Leaving Certificate Examination (including Day School Certificate (Higher) General paper), 1939
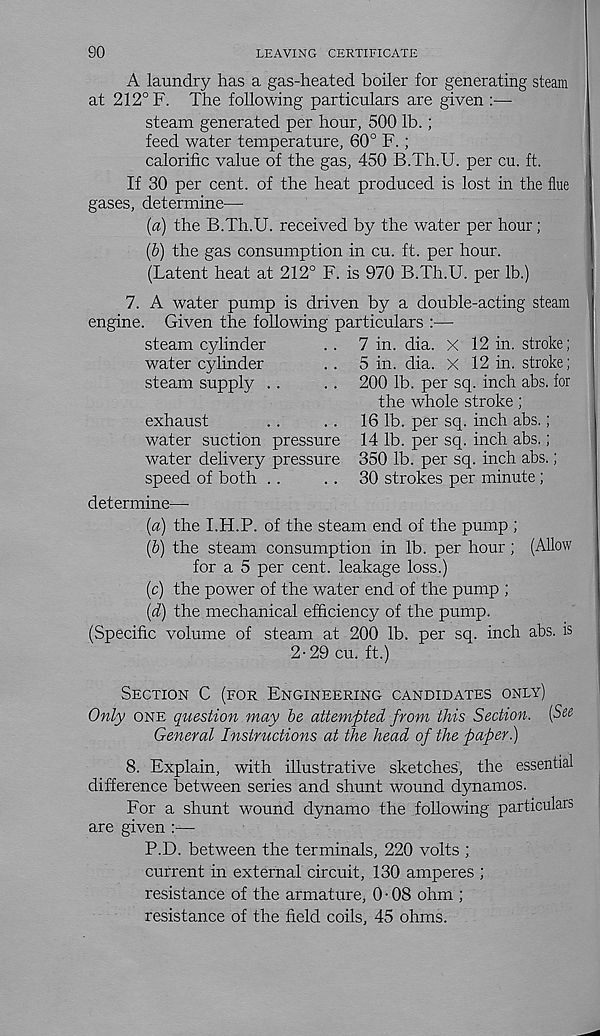
90
LEAVING CERTIFICATE
A laundry has a gas-heated boiler for generating steam
at 212° F. The following particulars are given :—•
steam generated per hour, 500 lb.;
feed water temperature, 60° F.;
calorific value of the gas, 450 B.Th.U. per cu. ft.
If 30 per cent, of the heat produced is lost in the flue
gases, determine—
[a) the B.Th.U. received by the water per hour;
(&) the gas consumption in cu. ft. per hour.
(Latent heat at 212° F. is 970 B.Th.U. per lb.)
A water pump is driven by a double-acting steam
Given the following particulars :—
7.
engine.
steam cylinder
water cylinder
steam supply . .
exhaust
water suction pressure
water delivery pressure
speed of both . .
7 in. dia. X 12 in. stroke;
5 in. dia. x 12 in. stroke;
200 lb. per sq. inch abs. for
the whole stroke;
16 lb. per sq. inch abs.;
14 lb. per sq. inch abs.;
350 lb. per sq. inch abs.;
30 strokes per minute ;
determine—
{a) the I.H.P. of the steam end of the pump ;
(&) the steam consumption in lb. per hour; (Allow
for a 5 per cent, leakage loss.)
(c) the power of the water end of the pump ;
(d) the mechanical efficiency of the pump.
(Specific volume of steam at 200 lb. per sq. inch abs. is
2-29 cu. ft.)
Section C (for Engineering candidates only)
Only one question may be attempted from this Section. [See
General Instructions at the head of the paper)
8. Explain, with illustrative sketches, the essential
difference between series and shunt wound dynamos.
For a shunt wound dynamo the following particulars
are given :—
P.D. between the terminals, 220 volts ;
current in external circuit, 130 amperes ;
resistance of the armature, 0 • 08 ohm ;
resistance of the field coils, 45 ohms.